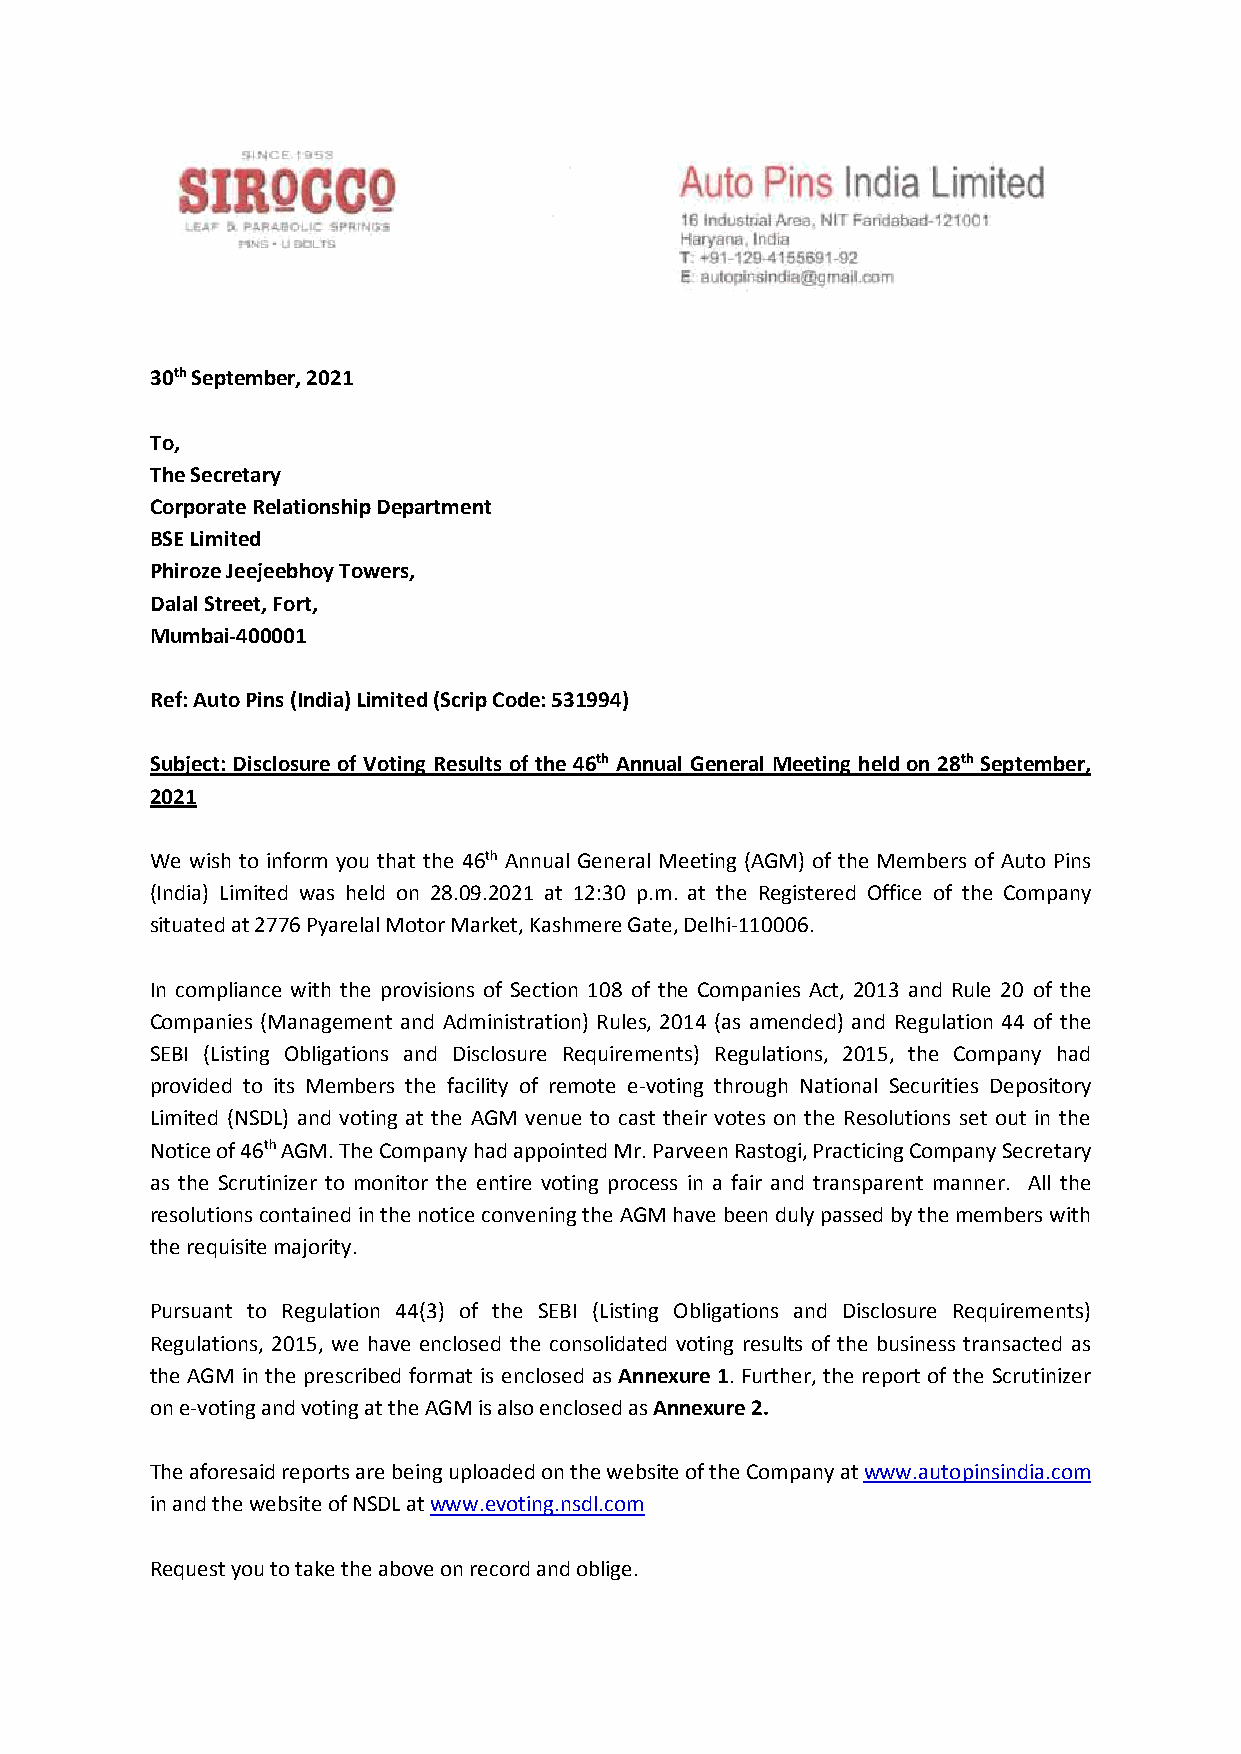
30th September, 2021
 To,
 The Secretary
 Corporate Relationship Department
 BSE Limited
 Phiroze Jeejeebhoy Towers,
 Dalal Street, Fort,
 Mumbai-400001
 Ref: Auto Pins (India) Limited (Scrip Code: 531994)
 Subject: Disclosure of Voting Results of the 46th Annual General Meeting held on 28th September,
 2021
 We wish to inform you that the 46th Annual General Meeting (AGM) of the Members of Auto Pins
 (India) Limited was held on 28.09.2021 at 12:30 p.m. at the Registered Office of the Company
 situated at 2776 Pyarelal Motor Market, Kashmere Gate, Delhi-110006.
 In compliance with the provisions of Section 108 of the Companies Act, 2013 and Rule 20 of the
 Companies (Management and Administration) Rules, 2014 (as amended) and Regulation 44 of the
 SEBI (Listing Obligations and Disclosure Requirements) Regulations, 2015, the Company had
 provided to its Members the facility of remote e-voting through National Securities Depository
 Limited (NSDL) and voting at the AGM venue to cast their votes on the Resolutions set out in the
 Notice of 46th AGM. The Company had appointed Mr. Parveen Rastogi, Practicing Company Secretary
 as the Scrutinizer to monitor the entire voting process in a fair and transparent manner. All the
 resolutions contained in the notice convening the AGM have been duly passed by the members with
 the requisite majority.
 Pursuant to Regulation 44(3) of the SEBI (Listing Obligations and Disclosure Requirements)
 Regulations, 2015, we have enclosed the consolidated voting results of the business transacted as
 the AGM in the prescribed format is enclosed as Annexure 1. Further, the report of the Scrutinizer
 on e-voting and voting at the AGM is also enclosed as Annexure 2.
 The aforesaid reports are being uploaded on the website of the Company at www.autopinsindia.com
 in and the website of NSDL at www.evoting.nsdl.com
 Request you to take the above on record and oblige.